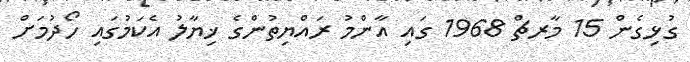
ގުޅިގެން 15 މާރޗް 1968 ގައި އާންމު ރައްޔިތުންގެ ޚިޔާލު އެކަމުގައި ހޯދުމަށް